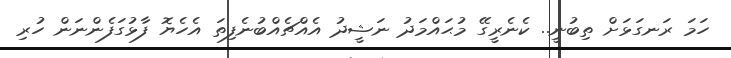
ހަމަ ރަނގަޅަށް ތިބުނީ.. ކެނެރީގޭ މުޙައްމަދު ނަޝީދު އެއްޗެއްބުނެފިތަ އެހެޔޮ ފާޅުގަފެންނަން ހުރި